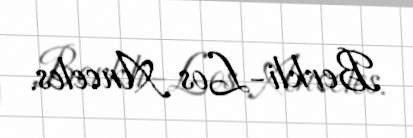
Berkli-Los Anceles.